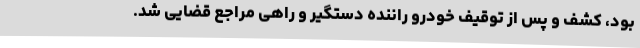
بود، کشف و پس از توقیف خودرو راننده دستگیر و راهی مراجع قضایی شد.